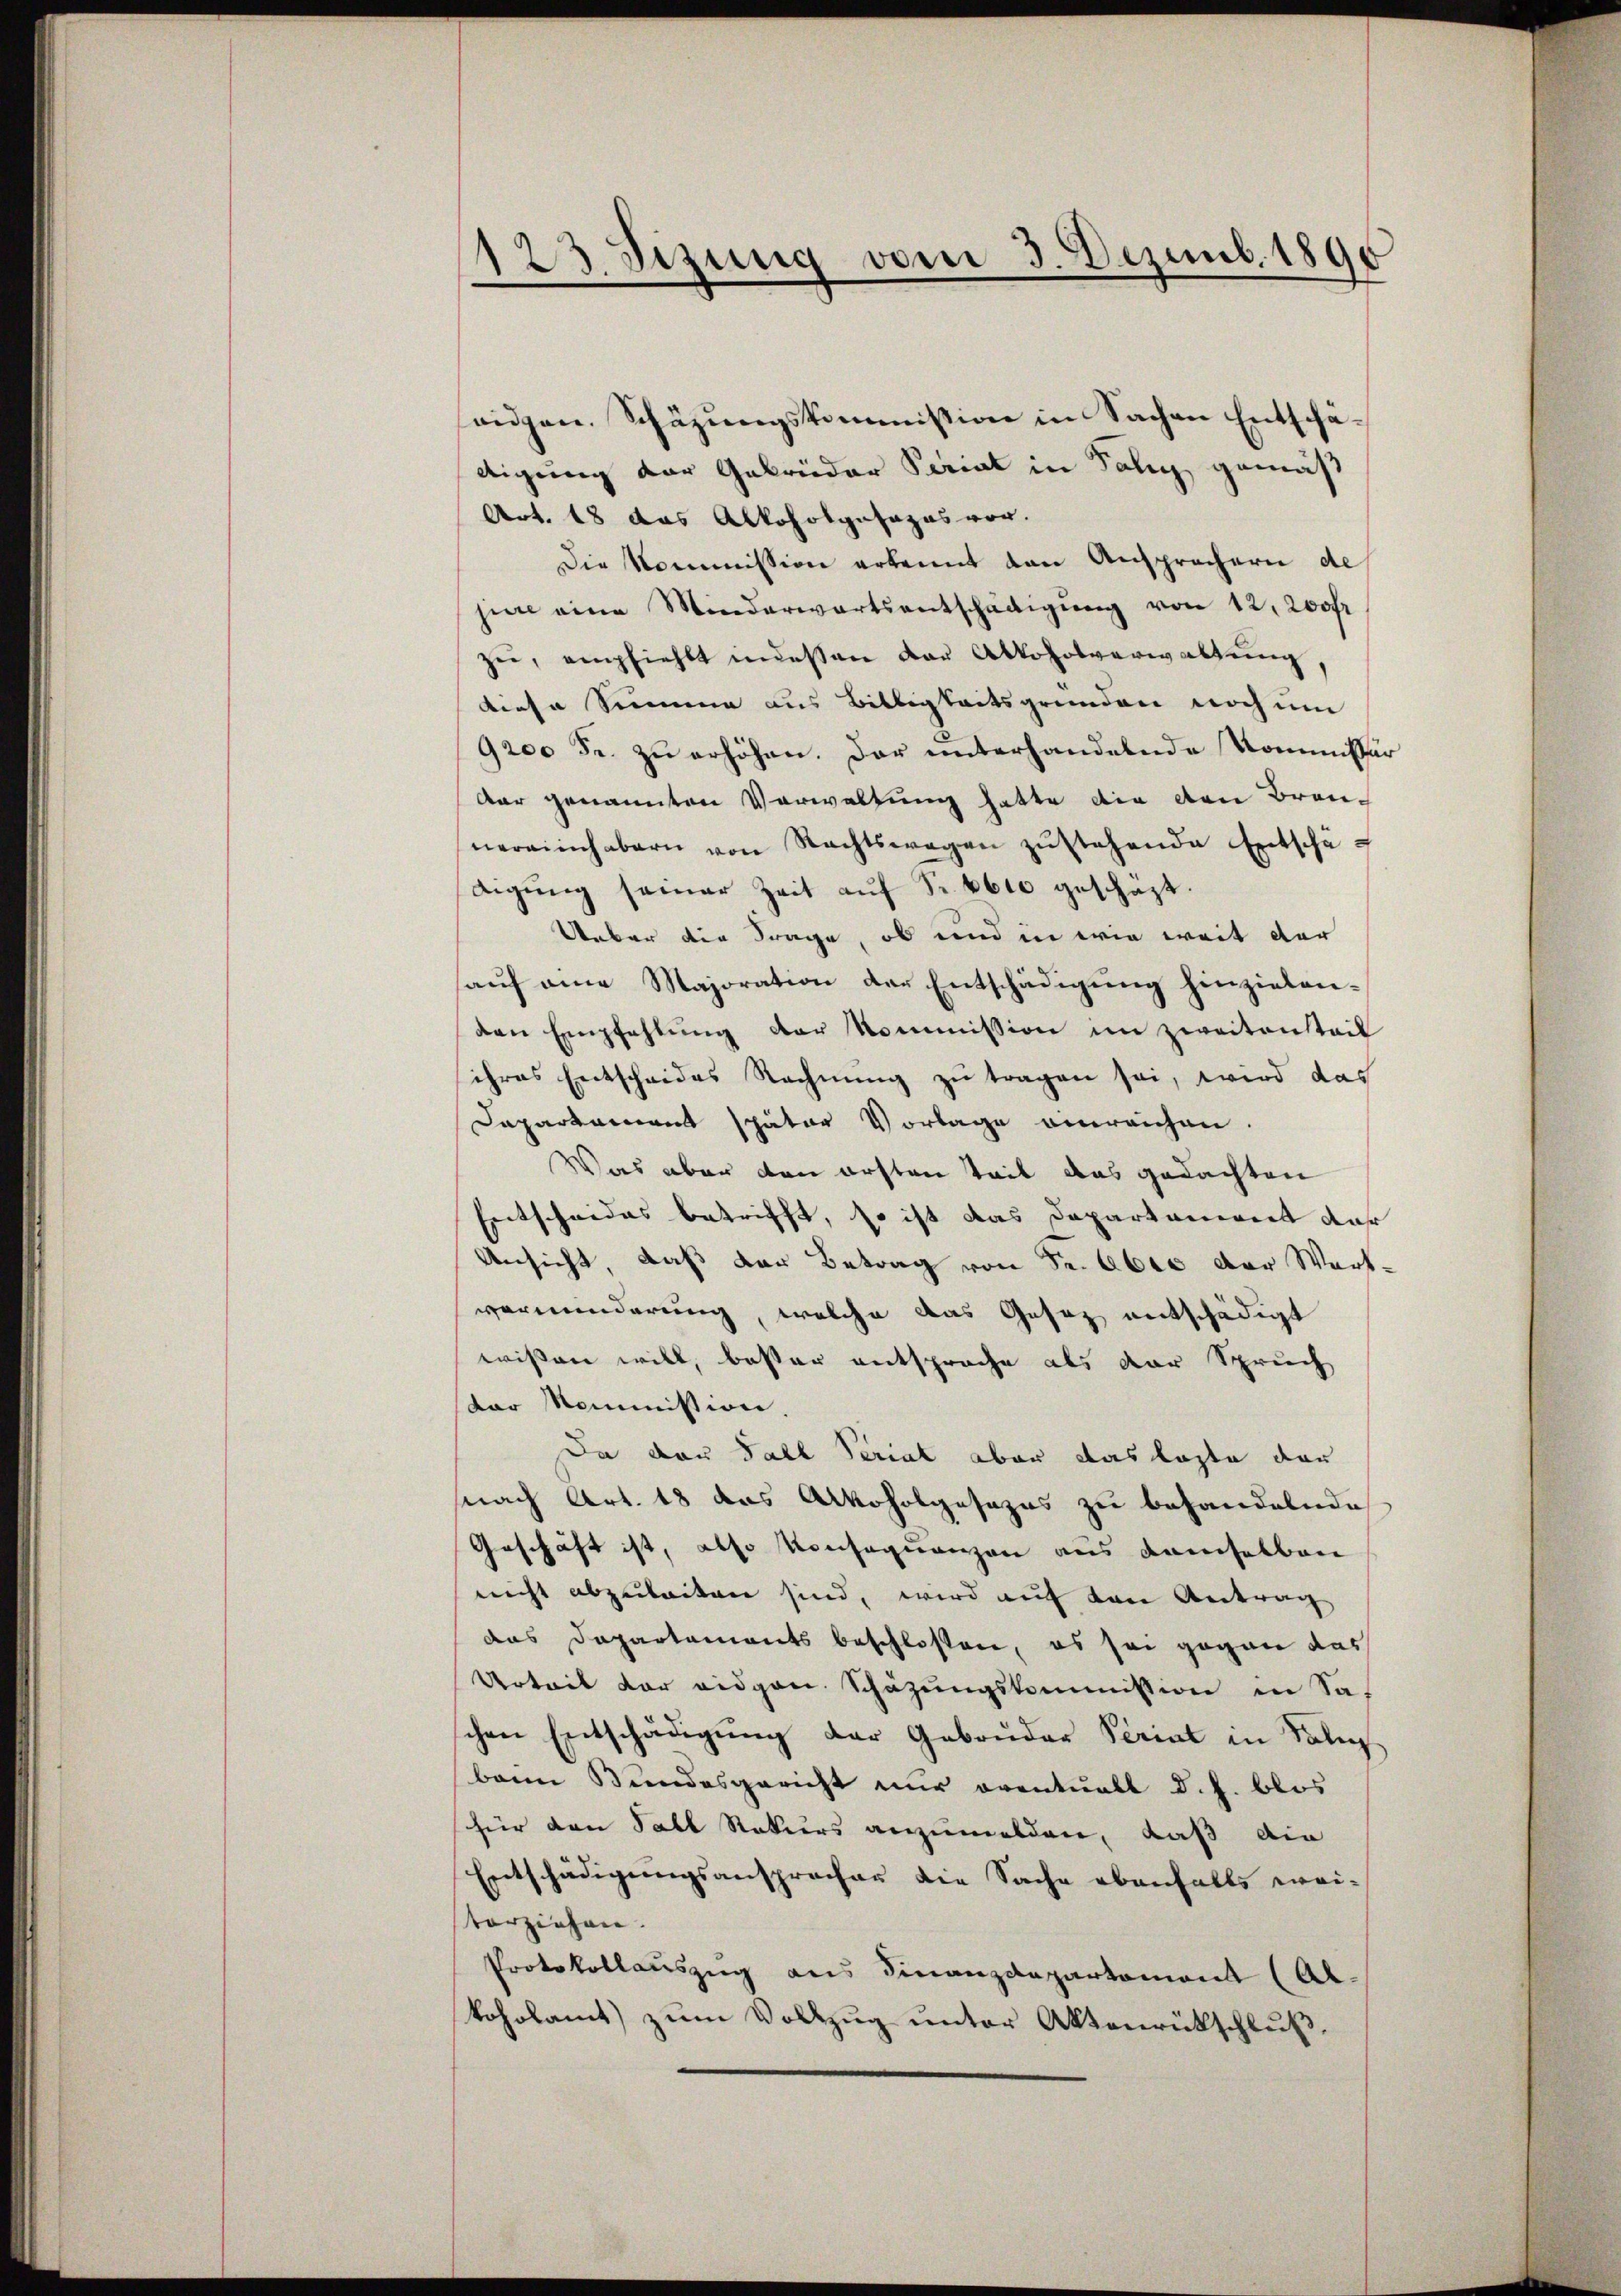
123 Sizung vom 3. Dezemb. 1890

eidgen. Schäzungskommission in Sachen Entschädigung der Gebrüder Periat in Salig gemäß
Art. 18 das Alkoholgasapas vor.
Die Kommission erkennt den Ansprachern de
jure eine Minderwartsentschädigŭng von 12, 200fr
zŭ, empfiehlt indeßen der Alkoholverwaltung
diese Summe aus Billigkeitsgründen noch um
9200 Fr. zu erhöhen. Der unterhandelnde Kommissär
dar genannten Verwaltung hatte die den Bran-
nereinhabern von Rechtswegen zŭstehende Entschäf
digŭng seiner Zeit aŭf Fr. 4600 geschäzt.
Ueber die Frage, ob und in wie weit der
auf eine Majoration der Entschädigung hinzielenden Empfehlŭng der Kommission im zweitensteil
ihres Entscheides Rechnung zu tragen sei, wird das
Dapartement später Vorlage einreichen.
Was aber den ersten Teil das gedachten
Entscheides betrifft, so ist das Departament dar
Ansicht, daß der Betrag von Sr. Eben der Wart-
verminderung, welche das Gesez entschädigt
wissen will, bester entsproche als der Spruch
dor Kommission.
Da der Fall Seriat aber das laste der
nach Art. 18 das Alkoholgesezes zu behandelnde
Geschäft ist, also konsequenzen aus demselben
nicht abzuleiten sind, wird auf den Antrag
das Departements beschlossen, es sei gegen das
Urteit der eidgen. Schazungskommission in Sa-
schen Entschädigŭng der Gebrüder Perint in Talen
bann Bundesgericht nur eventuell d. h. blos
für den Fall Rekurs anzumelden, daß die
Entschädigungsansprecher die Sache ebenfalls weitorziehen.
Protokollauszug aus Finanzdepartemont (Abkoholamt zŭm Vollzug unter Aktenrückschluß,